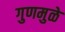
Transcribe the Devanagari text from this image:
गुणमुळे